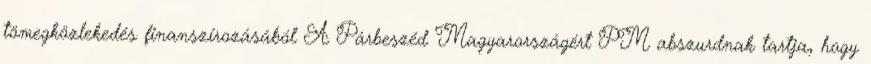
tömegközlekedés finanszírozásából A Párbeszéd Magyarországért PM abszurdnak tartja, hogy